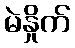
မဲနှိုက်